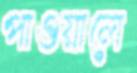
পাওয়ালে